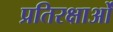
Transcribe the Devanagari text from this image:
प्रतिरक्षाओं